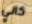
كاني